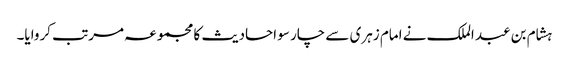
ہشام بن عبد الملک نے امام زہری سے چار سو احادیث کا مجموعہ مرتب کروایا۔